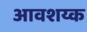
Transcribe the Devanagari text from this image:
आवशय्क